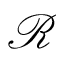
\mathscr { R }